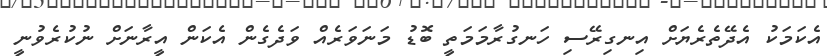
އެކަމަކު އެދޭތެރެޔަށް އިނގިރޭސި ހަނގުރާމަމަތީ ބޮޑު މަނަވަރެއް ވަދެގެން އެކަން އީރާނަށް ނުކުރެވުނީ